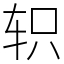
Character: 轵